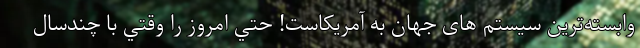
وابسته‌ترین سيستم ‌های جهان به آمریکاست! حتي امروز را وقتي با چندسال